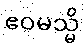
ဧဝမသ္မိ